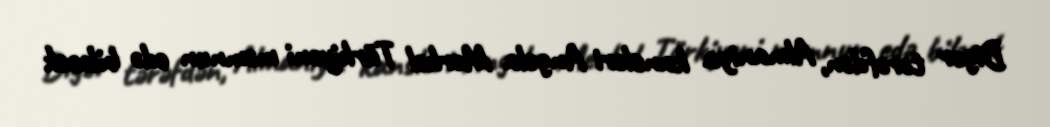
Digər tərəfdən, Almaniya kansleri Angela Merkel Türkiyəni məmnun edə biləcək